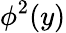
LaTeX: \phi^{2}(y)